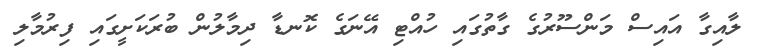
ލާއިގާ އައިސް މަންސޫރުގެ ގާތުގައި ހުއްޓި އޭނަގެ ކޮނޑާ ދިމާލުން ބުރަކަށީގައި ފިރުމާލި